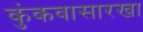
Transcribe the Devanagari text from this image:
कुंकवासारखा